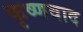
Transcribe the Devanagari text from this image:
कृष्णवाद